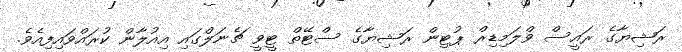
ރަޝިޔާގެ ރައީސް ވްލަމިޑިރް ޕުޓިން ރަޝިޔާގެ ސްޓޭތް ޓީވީ ޗެނަލްގައި އިއުލާން ކުރައްވައިފިއެވެ.